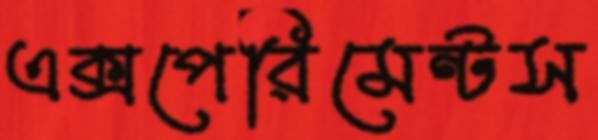
এক্সপেরিমেন্টস